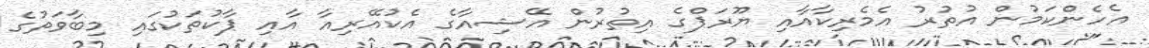
އެހެންކަމުން އުތުރު އެމެރިކާއާއި ޔޫރަޕްގެ އިތުރުން އޭޝިއާގެ އެކުއޭރިއާ އާއި ޕާކުތަކުގައި މިބާވަތުގެ